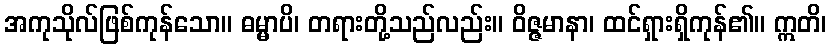
အကုသိုလ်ဖြစ်ကုန်သော။ ဓမ္မာပိ၊ တရားတို့သည်လည်း။ ဝိဇ္ဇမာနာ၊ ထင်ရှားရှိကုန်၏။ ဣတိ၊